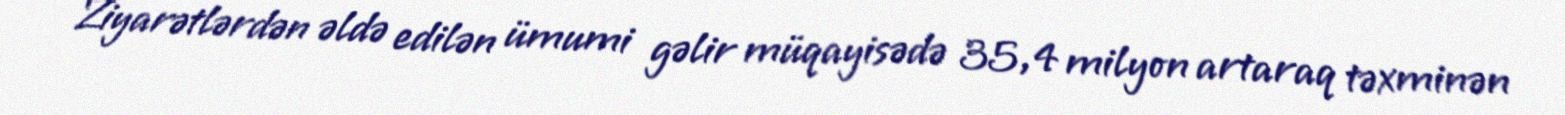
Ziyarətlərdən əldə edilən ümumi gəlir müqayisədə 35,4 milyon artaraq təxminən